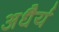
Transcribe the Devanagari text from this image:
अधैर्य